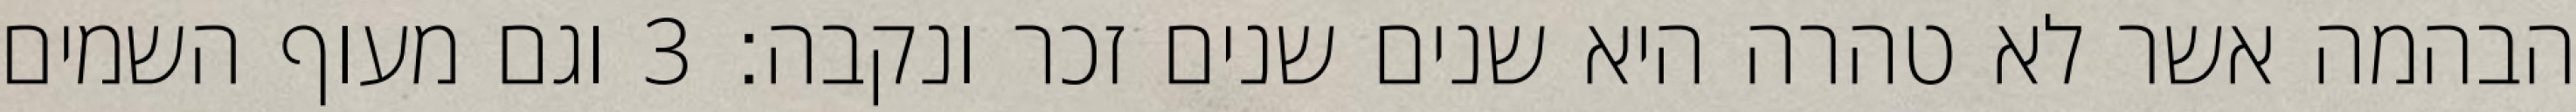
הבהמה אשר לא טהרה היא שנים שנים זכר ונקבה׃ ‎3‏ וגם מעוף השמים